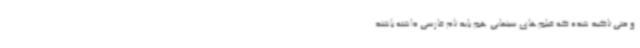
و حتی تاکید شده که فیلم‌های سینمایی هم باید نام فارسی داشته باشند.